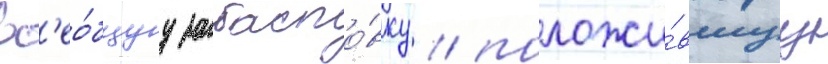
вс'ео́бщуу забасто́вку / положи́вшуу